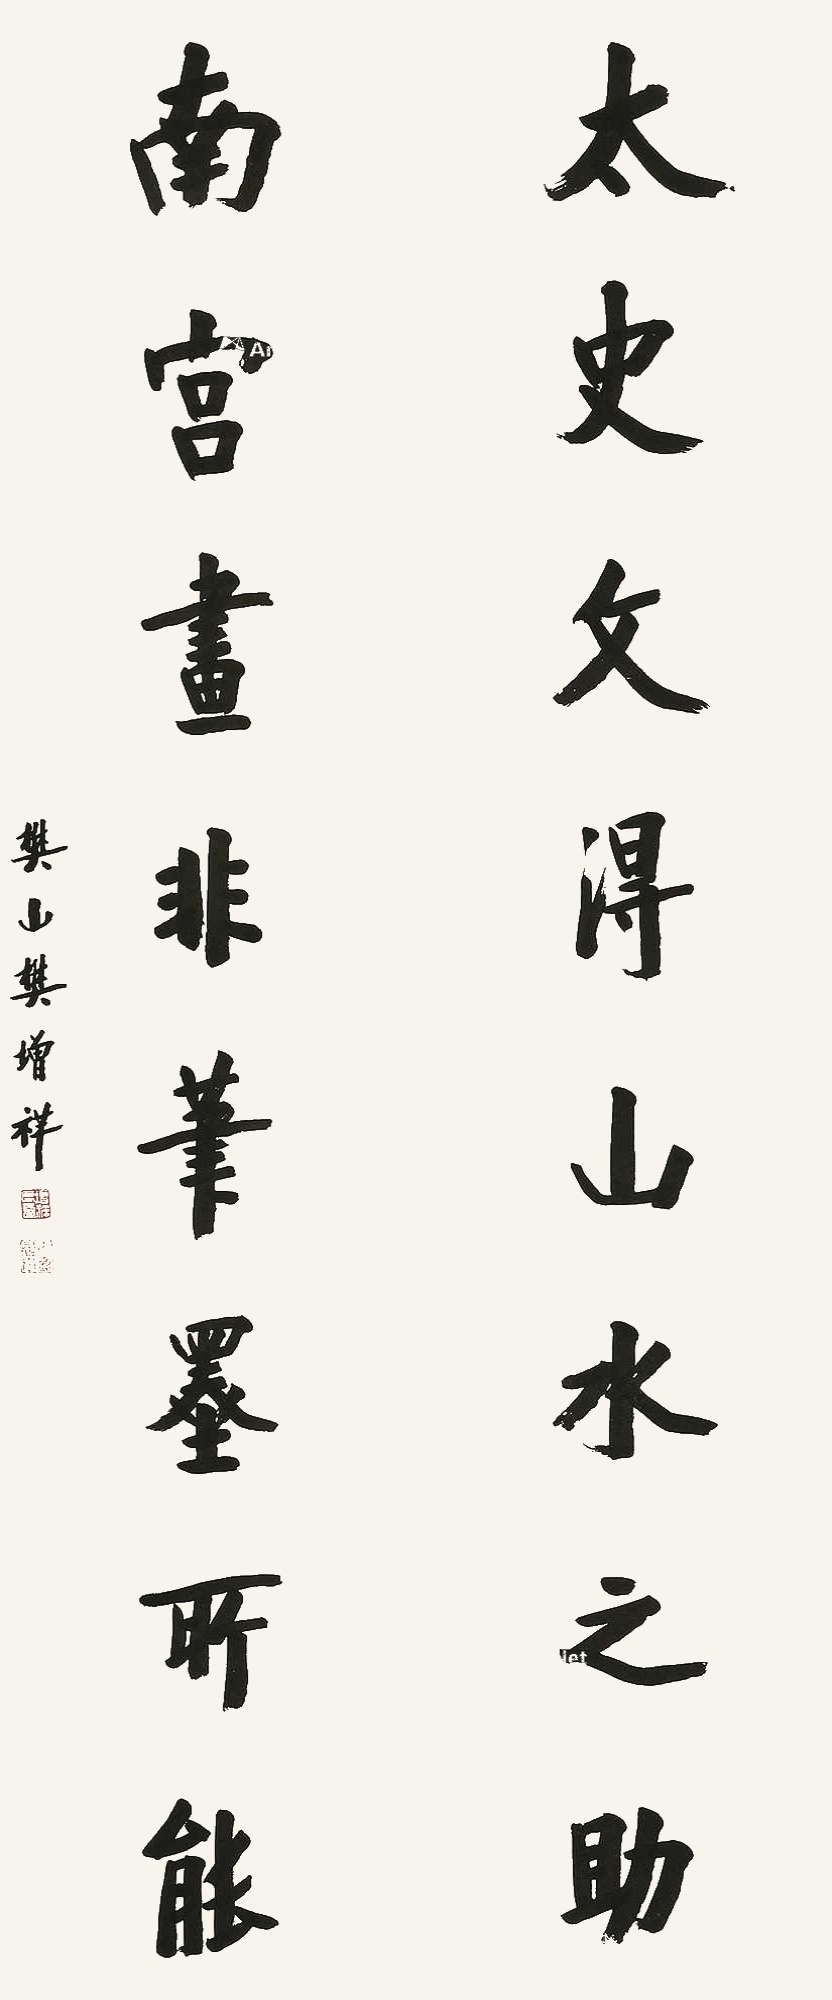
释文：太史文得山水之助，南宫画非笔墨所能。樊山樊增祥。